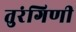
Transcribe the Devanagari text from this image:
तुरंगिणी